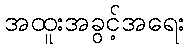
အထူးအခွင့်အရေး